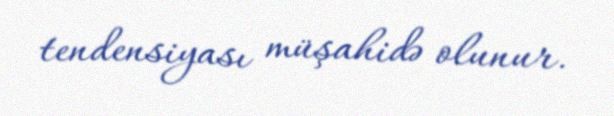
tendensiyası müşahidə olunur.